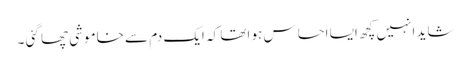
شاید انہیں کچھ ایسا احساس ہو اتھا کہ ایک دم سے خاموشی چھا گئی ۔